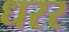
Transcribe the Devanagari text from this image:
धरर